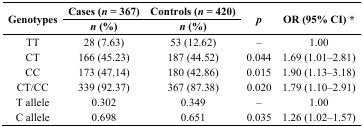
| <ROWSPAN=2> Genotypes | Cases (n = 367) | Controls (n = 420) | <ROWSPAN=2> p | <ROWSPAN=2> OR (95% CI) * |
 | n (%) | n (%) |
 | --- | --- | --- | --- | --- |
 | TT | 28 (7.63) | 53 (12.62) | – | 1.00 |
 | CT | 166 (45.23) | 187 (44.52) | 0.044 | 1.69 (1.01–2.81) |
 | CC | 173 (47.14) | 180 (42.86) | 0.015 | 1.90 (1.13–3.18) |
 | CT/CC | 339 (92.37) | 367 (87.38) | 0.020 | 1.79 (1.10–2.91) |
 | T allele | 0.302 | 0.349 | – | 1.00 |
 | C allele | 0.698 | 0.651 | 0.035 | 1.26 (1.02–1.57) |